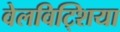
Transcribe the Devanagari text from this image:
वेलविट्शिया